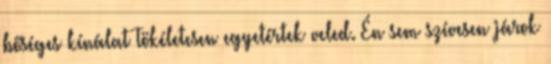
bőséges kínálat Tökéletesen egyetértek veled. Én sem szívesen járok